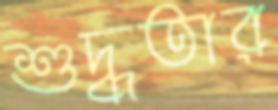
শুদ্ধতার